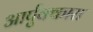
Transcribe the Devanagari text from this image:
आर्पुक्कारा